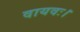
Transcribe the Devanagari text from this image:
वायवः।